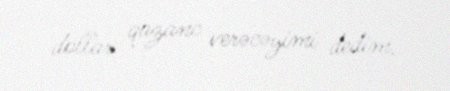
dollar qazanc verəcəyimi dedim.